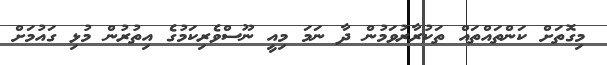
މިގޮތަށް ކަންތައްތައް ތަކުރާރުވަމުން ދާ ނަމަ މިއީ ނޫސްވެރިކަމުގެ އިތުރުން މުޅި ގައުމަށް